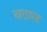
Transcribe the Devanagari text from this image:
थठाल